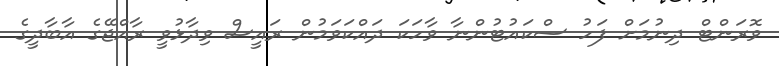
ވޮރަންޓް ދިނުމަށް ފަހު ސްކައުޓުންނާ ވާހަކަ ދައްކަވަމުން ރައީސް ވިދާޅުވީ ރާއްޖޭގެ އާބާދީގެ